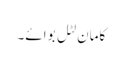
کامان لٹل بوائے۔